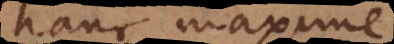
hanc maxime